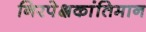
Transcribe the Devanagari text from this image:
निरपेक्षकांतिमान